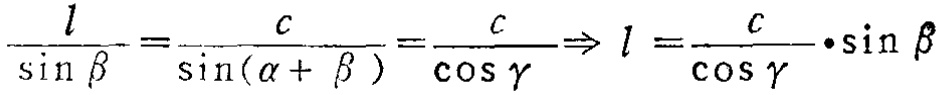
\(\frac{l}{\sin \beta }=\frac{c}{\sin(\alpha + \beta)}=\frac{c}{\cos \gamma}\Rightarrow l = \frac{c}{\cos \gamma}\cdot\sin \beta\)